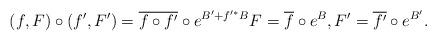
LaTeX: \begin{align*} (f,F)\circ (f',F')=\overline{f\circ f'}\circ e^{B'+f'^*B} F=\overline{f}\circ e^B,F'=\overline{f'}\circ e^{B'}.\end{align*}